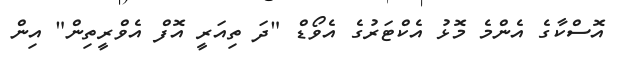
އޮސްކާގެ އެންމެ މޮޅު އެކްޓަރުގެ އެވޯޑް "ދަ ތިއަރީ އޮފް އެވްރީތިން" އިން